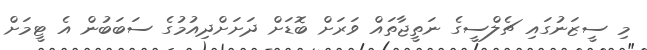
މި ސީޒަނުގައި ޗެލްސީގެ ނަތީޖާތައް ވަރަށް ބޮޑަށް ދަށަށްދިއުމުގެ ސަބަބުން އެ ޓީމަށް